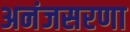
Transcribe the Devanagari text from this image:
अनंजसरणा